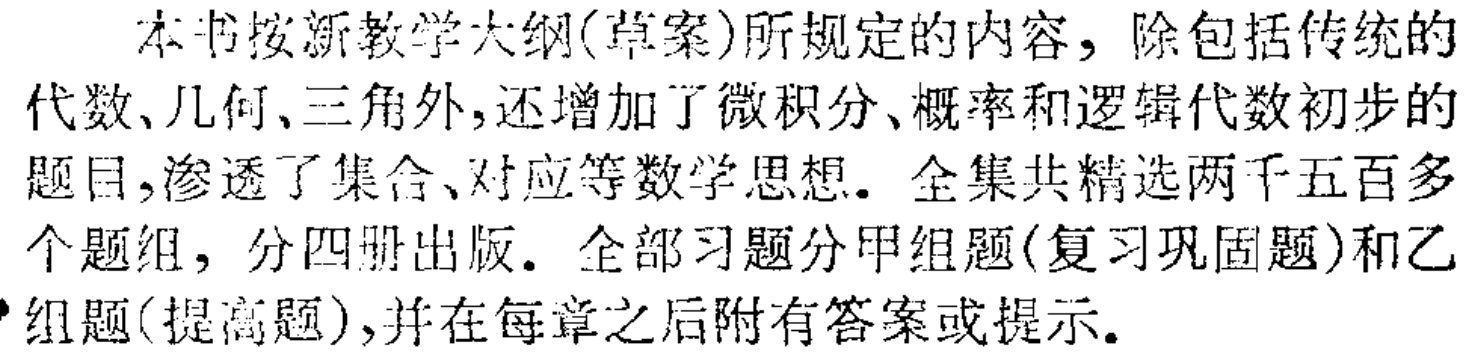
本书按新教学大纲(草案)所规定的内容，除包括传统的代数、几何、三角外,还增加了微积分、概率和逻辑代数初步的题目,渗透了集合、对应等数学思想. 全集共精选两千五百多个题组，分四册出版. 全部习题分甲组题(复习巩固题)和乙组题(提高题),并在每章之后附有答案或提示.